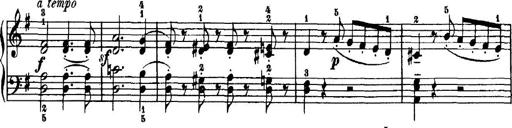
Title: 7 Sonatinas
Composer: Anton Diabelli